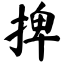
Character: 捭